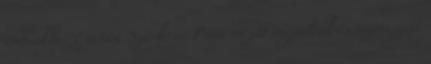
csónakba. Ezután Szürke és Páva evezőt ragadtak és eszeveszett